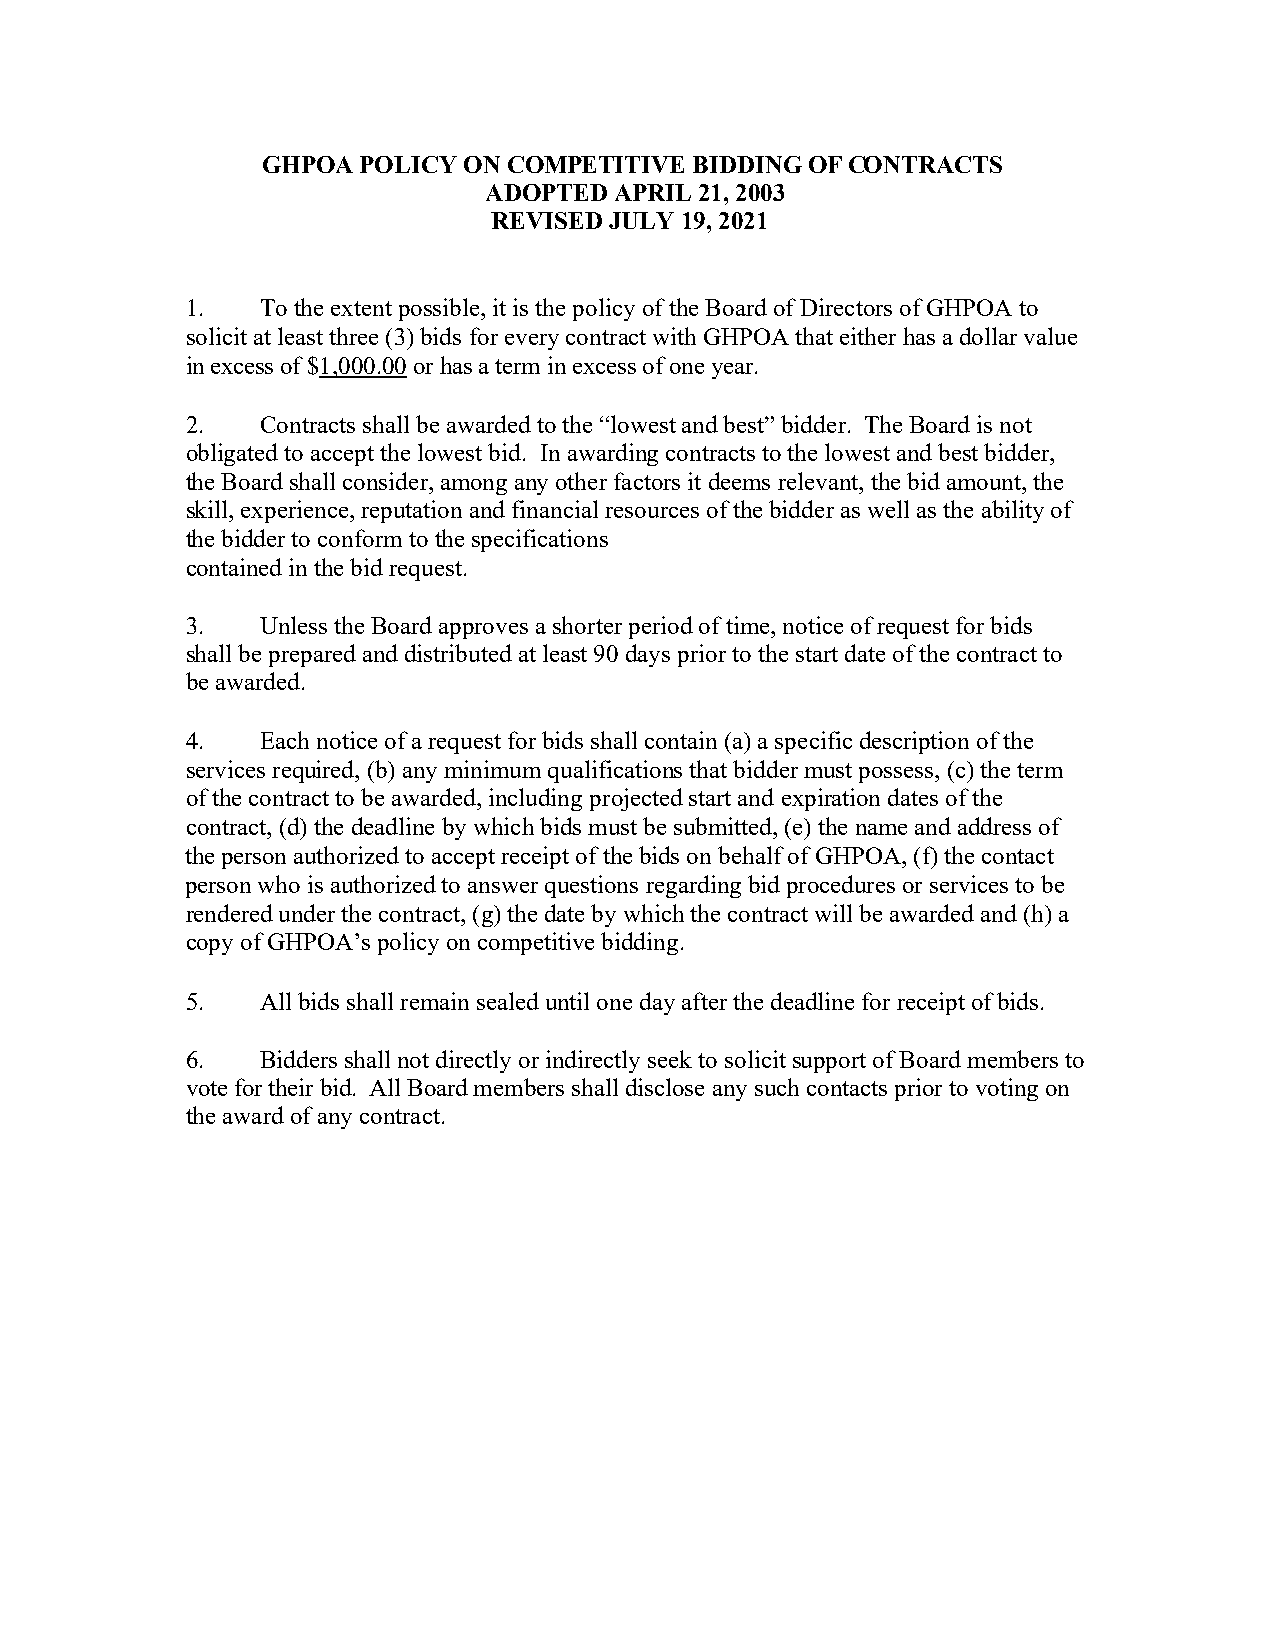
GHPOA  POLICY ON COMPETITIVE BIDDING OF CONTRACTS
 ADOPTED  APRIL 21, 2003
 REVISED JULY 19, 2021
 1.   To the extent possible, it is the policy of the Board of Directors of GHPOA to
 solicit at least three (3) bids for every contract with GHPOA that either has a dollar value
 in excess of $1,000.00 or has a term in excess of one year.
 2.   Contracts shall be awarded to the “lowest and best” bidder. The Board is not
 obligated to accept the lowest bid. In awarding contracts to the lowest and best bidder,
 the Board shall consider, among any other factors it deems relevant, the bid amount, the
 skill, experience, reputation and financial resources of the bidder as well as the ability of
 the bidder to conform to the specifications
 contained in the bid request.
 3.   Unless the Board approves a shorter period of time, notice of request for bids
 shall be prepared and distributed at least 90 days prior to the start date of the contract to
 be awarded.
 4.   Each notice of a request for bids shall contain (a) a specific description of the
 services required, (b) any minimum qualifications that bidder must possess, (c) the term
 of the contract to be awarded, including projected start and expiration dates of the
 contract, (d) the deadline by which bids must be submitted, (e) the name and address of
 the person authorized to accept receipt of the bids on behalf of GHPOA, (f) the contact
 person who is authorized to answer questions regarding bid procedures or services to be
 rendered under the contract, (g) the date by which the contract will be awarded and (h) a
 copy of GHPOA’s policy on competitive bidding.
 5.   All bids shall remain sealed until one day after the deadline for receipt of bids.
 6.   Bidders shall not directly or indirectly seek to solicit support of Board members to
 vote for their bid. All Board members shall disclose any such contacts prior to voting on
 the award of any contract.